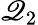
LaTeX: \mathscr{Q}_{2}